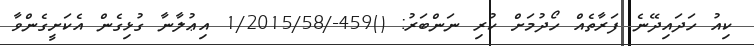
ކިއު ހަދައިދޭނެ ފަރާތެއް ހޯދުމަށް ކުރި ނަންބަރު: ()459-/1/2015/58 އިޢުލާނާ ގުޅިގެން އެކަށީގެންވާ